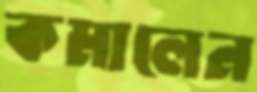
কমালেন